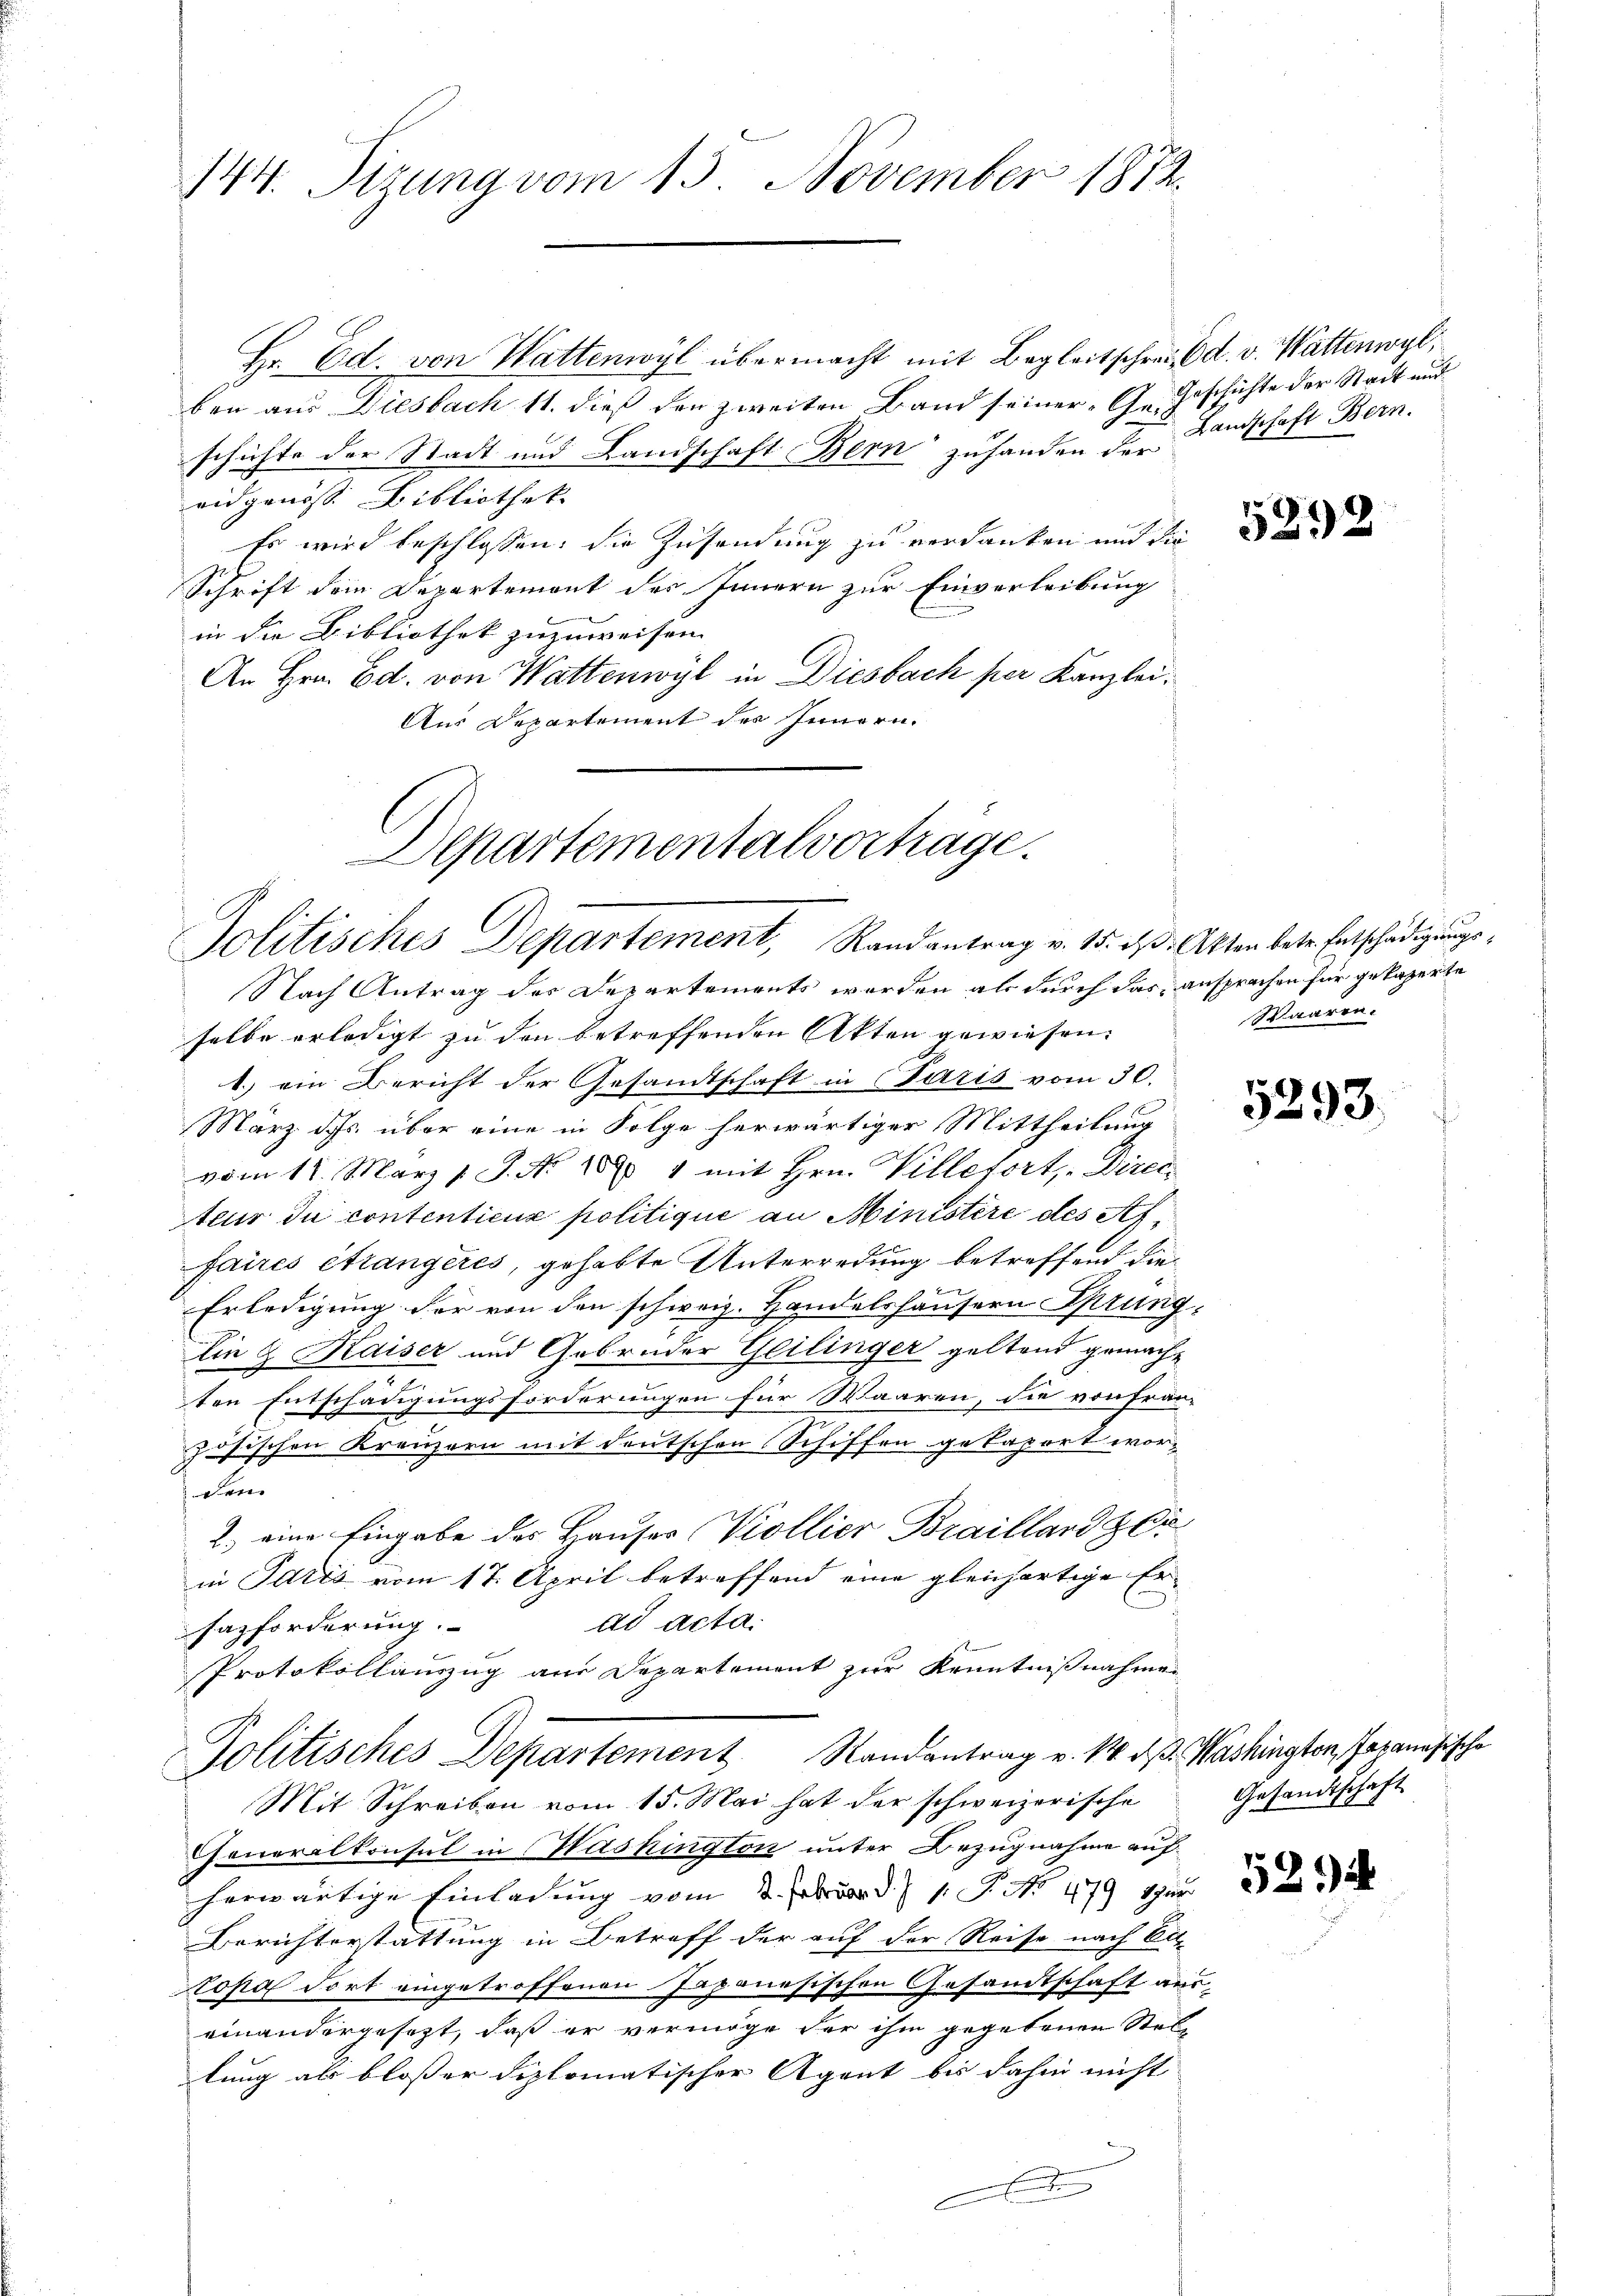
144. Sizung vom 15. November 1872.

Hr. Ed. von Wattenwyl übermacht mit Begleitschrei Ed. v. Wattenwyl,
ben aus Diesbach 11. dieß den zweiten Band seiner Geschichte der Stadt und Landschaft Bern zuhanden der Landschaft Bern.
ridgenosse Bibliothek
Es wird beschlossen: die Zusendung zu verdanken und die
Schrift dem Departement des Innern zur Einverleibung
in die Bibliothek zuzuweisen.
An Hrn. Ed. von Wattenwyl in Diesbach per Kanzlei
Aus Departement des Innern.
Nach Antrag des Departements werden als durch das ansprachen für gekaperte
selbe erledigt zu den betreffenden Akten gewiesen.
1.) ein Bericht der Gesandtschaft in Paris vom 30.
März ds. über eine in Folge herwärtiger Mittheilung
vom 11. März l. J. No. 1871 mit Hrn. Villefort, Direc
teur du contentiene politique an Ministere des Affaires étrangeres, gehabte Unterredung betreffend die
Erledigung für von den schweiz. Handelshäusern Sprung
Lie & Kaiser und Gebrüder Geilinger geltend gemacht
ten Entschädigungsforderungen für Waaren, die von Fran-
zösischen Kreuzern mit deutschen Schiffen gekaport worden
2.) eine Eingabe der Hauses Viollier Brailland zer
in Paris vom 17. April betreffend eine gleichartige Erad acta.
Fazforderung.
Protokollauszug aus Departement zur Kenntnißnahme
Politisches Departement Randantrag v. 14. d. d. Washington Paranösische
Mit Schreiben vom 15. Mai hat der schweizerische
Generalkonsul in Washington unter Bezugnahme auf
herwärtige Einladung vom 2. Februar d. 1. P. No 479 zur
Berichterstattung in Betreff der auf der Reise nach Ei
topas dort eingetroffenen Japanesischen Gesandtschaft auseinandergesezt, daß er vermöge der ihm gegebenen Stellung als bloßer diplomatischer Agent bis dahin nicht
A

Departementalvortrage.
Politisches Departement, Randantrag v. 15. ds. Akten betr. Entschädigungs¬

Geschichte der Stadt und

.

5292

Waaren.

5293.

Gesandtschaft.

521